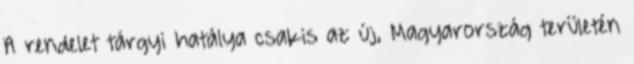
A rendelet tárgyi hatálya csakis az új, Magyarország területén